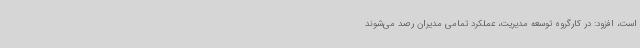
است، افزود: در کارگروه توسعه مدیریت، عملکرد تمامی مدیران رصد می‌شوند